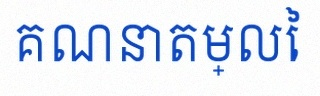
គណនាតម្លៃ